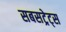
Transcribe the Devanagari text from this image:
सबसट्रेट्स